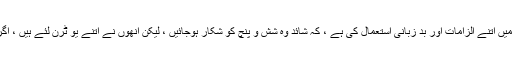
لیکن پی پی پی کے خلاف انھوں نے اپنی تقاریر میں اتنے الزامات اور بد زبانی استعمال کی ہے ، کہ شائد وہ شش و پنچ کو شکار ہوجائیں ، لیکن انھوں نے اتنے یو ٹرن لئے ہیں ، اگر ایک اور لے لیں تو کوئی فرق تو نہیں پڑے گا ۔